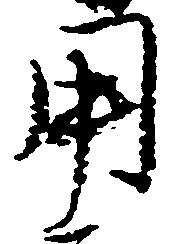
用